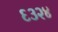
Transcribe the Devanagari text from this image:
६३२४